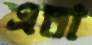
এতা